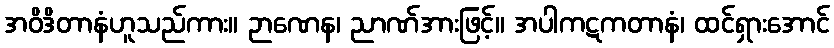
အဝိဒိတာနံဟူသည်ကား။ ဉာဏေန၊ ညာဏ်အားဖြင့်။ အပါကဋကတာနံ၊ ထင်ရှားအောင်